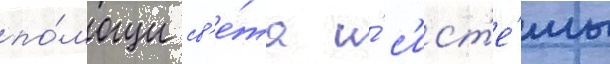
по́мощи св'е́та и́ с'ист'е́мы